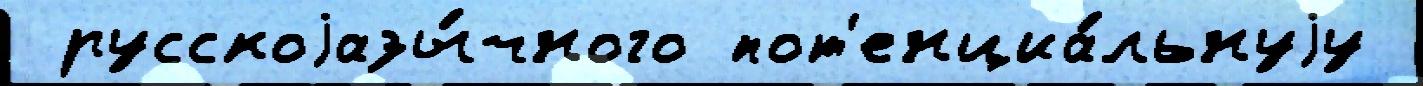
 русскоjазы́чного пот'енциа́льнуjу